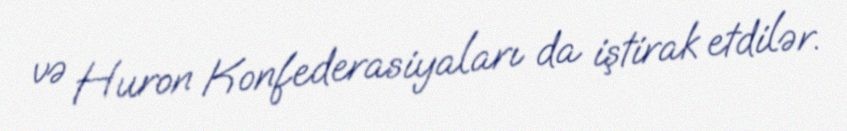
və Huron Konfederasiyaları da iştirak etdilər.